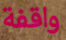
واقفة